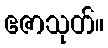
ဧဇာသုတ်။